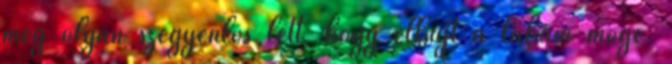
meg olyan szégyenlős lett, hogy elbújt a lábam mögé.